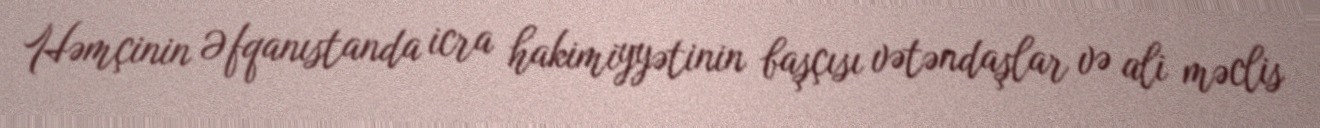
Həmçinin Əfqanıstanda icra hakimiyyətinin başçısı vətəndaşlar və ali məclis